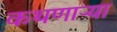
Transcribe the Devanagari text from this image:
कथणाऱ्या